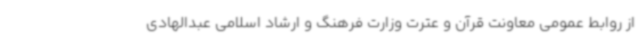
از روابط عمومی معاونت قرآن و عترت وزارت فرهنگ و ارشاد اسلامی عبدالهادی